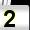
Digit: 2